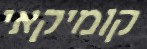
קומיקאי